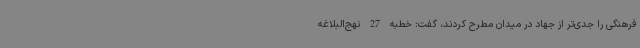
فرهنگی را جدی‌تر از جهاد در میدان مطرح کردند، گفت: خطبه 27 نهج‌البلاغه